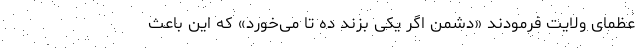
عظمای ولایت فرمودند «دشمن اگر یکی بزند ده تا می‌خورد» که این باعث